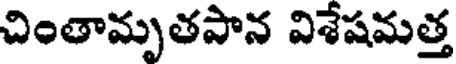
చింతామృతపాన విశేషమత్త